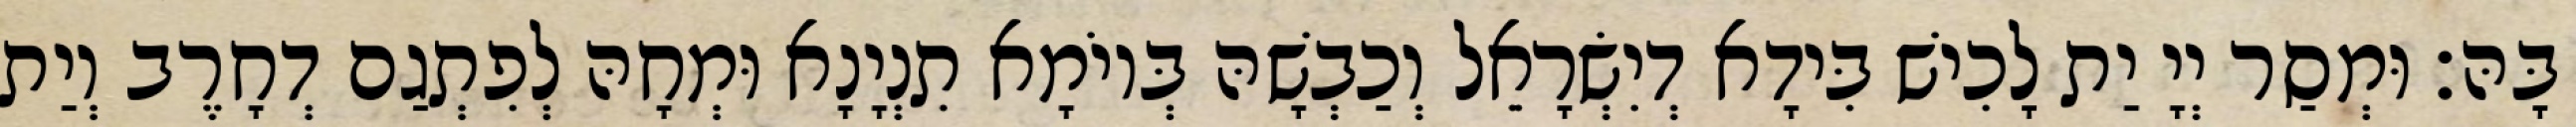
בָּהּ׃ וּמְסַר יְיָ יַת לָכִישׁ בִּידָא דְיִשְׂרָאֵל וְכַבְשָׁהּ בְּיוֹמָא תִנְיָנָא וּמְחָהּ לְפִתְגַם דְחָרֶב וְיַת